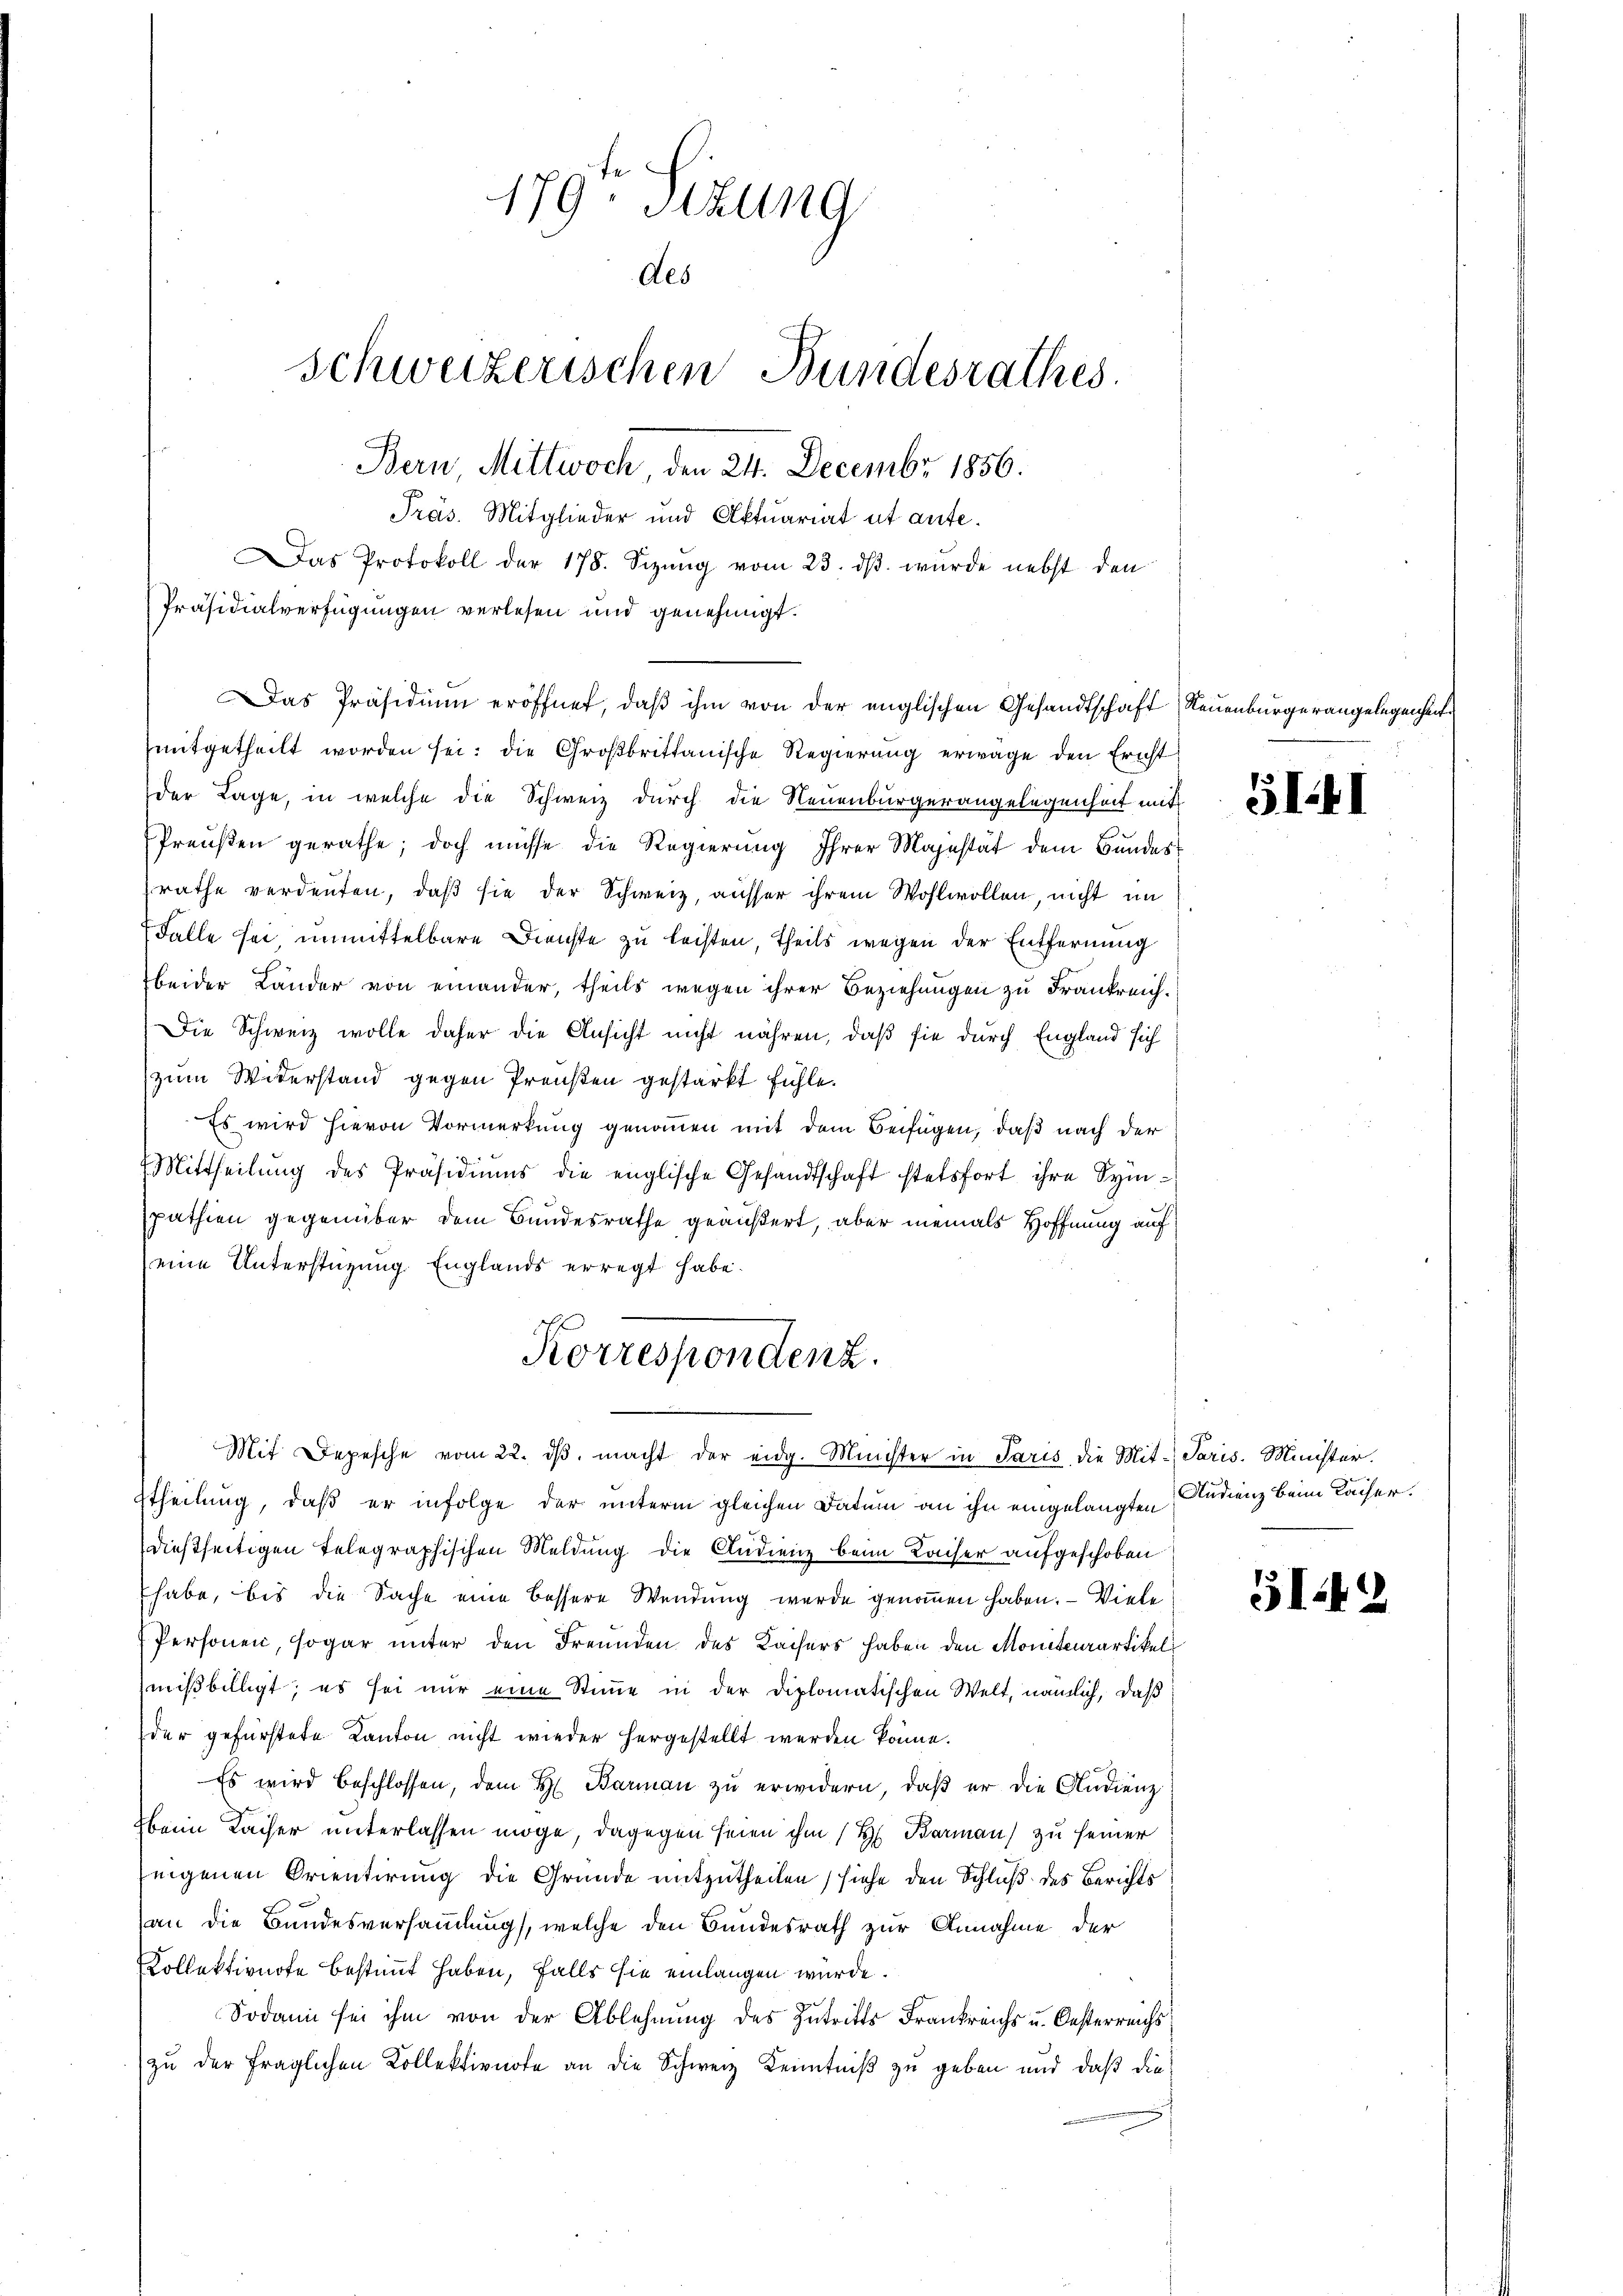
179. Sitzung
Aes
Schweizerischen Bundesrathes.
Bern, Mittwoch, den 24. Decembr 1856.
Präs. Mitglieder und Aktuariat et ante.
Das Protokoll der 178. Sizŭng vom 23. dβ. wurde nebst den
Präsidialverfügungen verlesen und genehmigt.

Das Präsidium eröffnet, daβ ihm von der englischen Gesandtschaft Neuenburgerangelegenheit
mitgetheilt worden sei; die Großbrittanische Regierung erwäge den Ericht

der Lage, in welche die Schweiz durch die Neuenburgerangelegenheit mit
Preußen gerathe; doch müsse die Regierung Ihrer Majestät dem Bundesrathe verdeuten, daß sie der Schweiz, ausser ihrem Wohlwollen, nicht im
Falle sei unmittelbare Dienste zu leisten, theils wegen der Entfernung
beider Lander von einander, theils wegen ihrer Beziehungen zu Frankreich¬
Die Schweiz wolle daher die Ansicht nicht nähren, daß sie durch England sich
zum Witterstand gegen Preußen gestärkt fühle.
Es wird hievon Vormerkung genommen mit dem Beifügen, daß nach der
Mittheilŭng des Präsidiŭms die englische Gesandtschaft stetsfort ihre Sym-
pathien gegenüber dem Bundesrathe geäußert, aber niemals Hoffnung auf
eine Unterstüzung. Englands erregt habe.
Etheilung, daß er infolge der unterm gleichen Datum an ihn eingelangten Studienz beim Kaiser,
dießseitigen telegraphischen Meldung die Audienz beim Kaiser aufgeschoben
habe, bis die Sache eine bessere Wendung wurde genommen haben. - Viele
Personen, sogar unter den Freunden des Kaisers haben den Moniterartikel
mißbilligt; es sei nur eine Stimme in der Diplomatischen Welt, nämlich, daß
der gefürstete Kanton nicht wieder hergestellt werden könne.
Es wird beschlossen, dem H. Barman zu erwidern, daß er die Audienz
beim Lacher unterlassen möge, dagegen seien ihm (H. Barman zu seiner
zeigenen Orientirung die Gründe mitzutheilen siehe den Schluß des Berichts
an die Bundesversammlung, welche den Bundesrath zur Annahme der
Kollektivnote bestimmt haben, falls sie einlangen wurde.
Sodann sei ihm von der Ablehnung des Zutritts Frankreichs u. Oesterreichs
zu der fraglichen Kollektionote an die Schweiz Kenntniß zu geben und daß die

Korrespondenz.
Mit Depesche vom 22. dβ macht der eidg. Minister in Paris, die Mit- Paris. Minister.

SI41

3I42